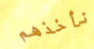
نأخذهم